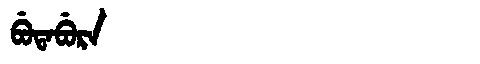
Manchu: ᠪᡠᡨᠠᠪᡠᡵᠠ
Romanization: BUTABURA